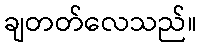
ချတတ်လေသည်။